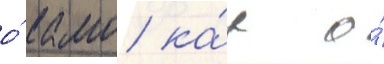
о́ камо ка́к о́